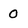
Character: 0